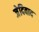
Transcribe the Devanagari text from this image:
जेदिवाद